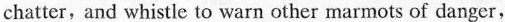
chatter,and whistle to warn other marmots of danger,